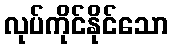
လုပ်ကိုင်နိုင်သော